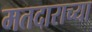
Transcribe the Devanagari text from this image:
मतदाराच्या